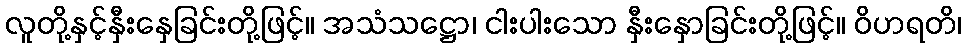
လူတို့နှင့်နှီးနှေခြင်းတို့ဖြင့်။ အသံသဋ္ဌော၊ ငါးပါးသော နှီးနှောခြင်းတို့ဖြင့်။ ဝိဟရတိ၊